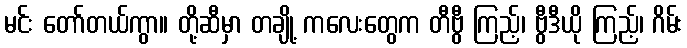
မင်း တော်တယ်ကွာ။ တို့ဆီမှာ တချို့ ကလေးတွေက တီဗွီ ကြည့်၊ ဗွီဒီယို ကြည့်၊ ဂိမ်း